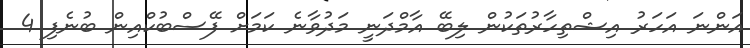
އަންނަ އަހަރު އިޝްތިހާރުތަކުން ލިބޭ އާމްދަނީ މަދުވާނެ ކަމަށް ފޭސްބުކްއިން ބުނެފި 4